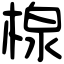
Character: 楾